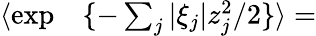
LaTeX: \begin{array}{rl}{\langle\exp}&{{}\{ -\sum_{j}|\xi_{j}|z_{j}^{2}/2\} \rangle=}\end{array}